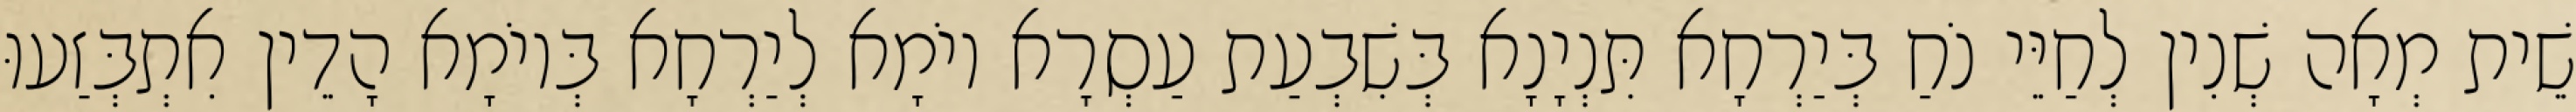
שֵׁית מְאָה שְׁנִין לְחַיֵּי נֹחַ בְּיַרְחָא תִּנְיָנָא בְּשִׁבְעַת עַסְרָא יוֹמָא לְיַרְחָא בְּיוֹמָא הָדֵין אִתְבְּזַעוּ